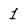
Character: 1